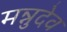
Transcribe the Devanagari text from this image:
मन्नुदेव